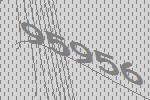
95956